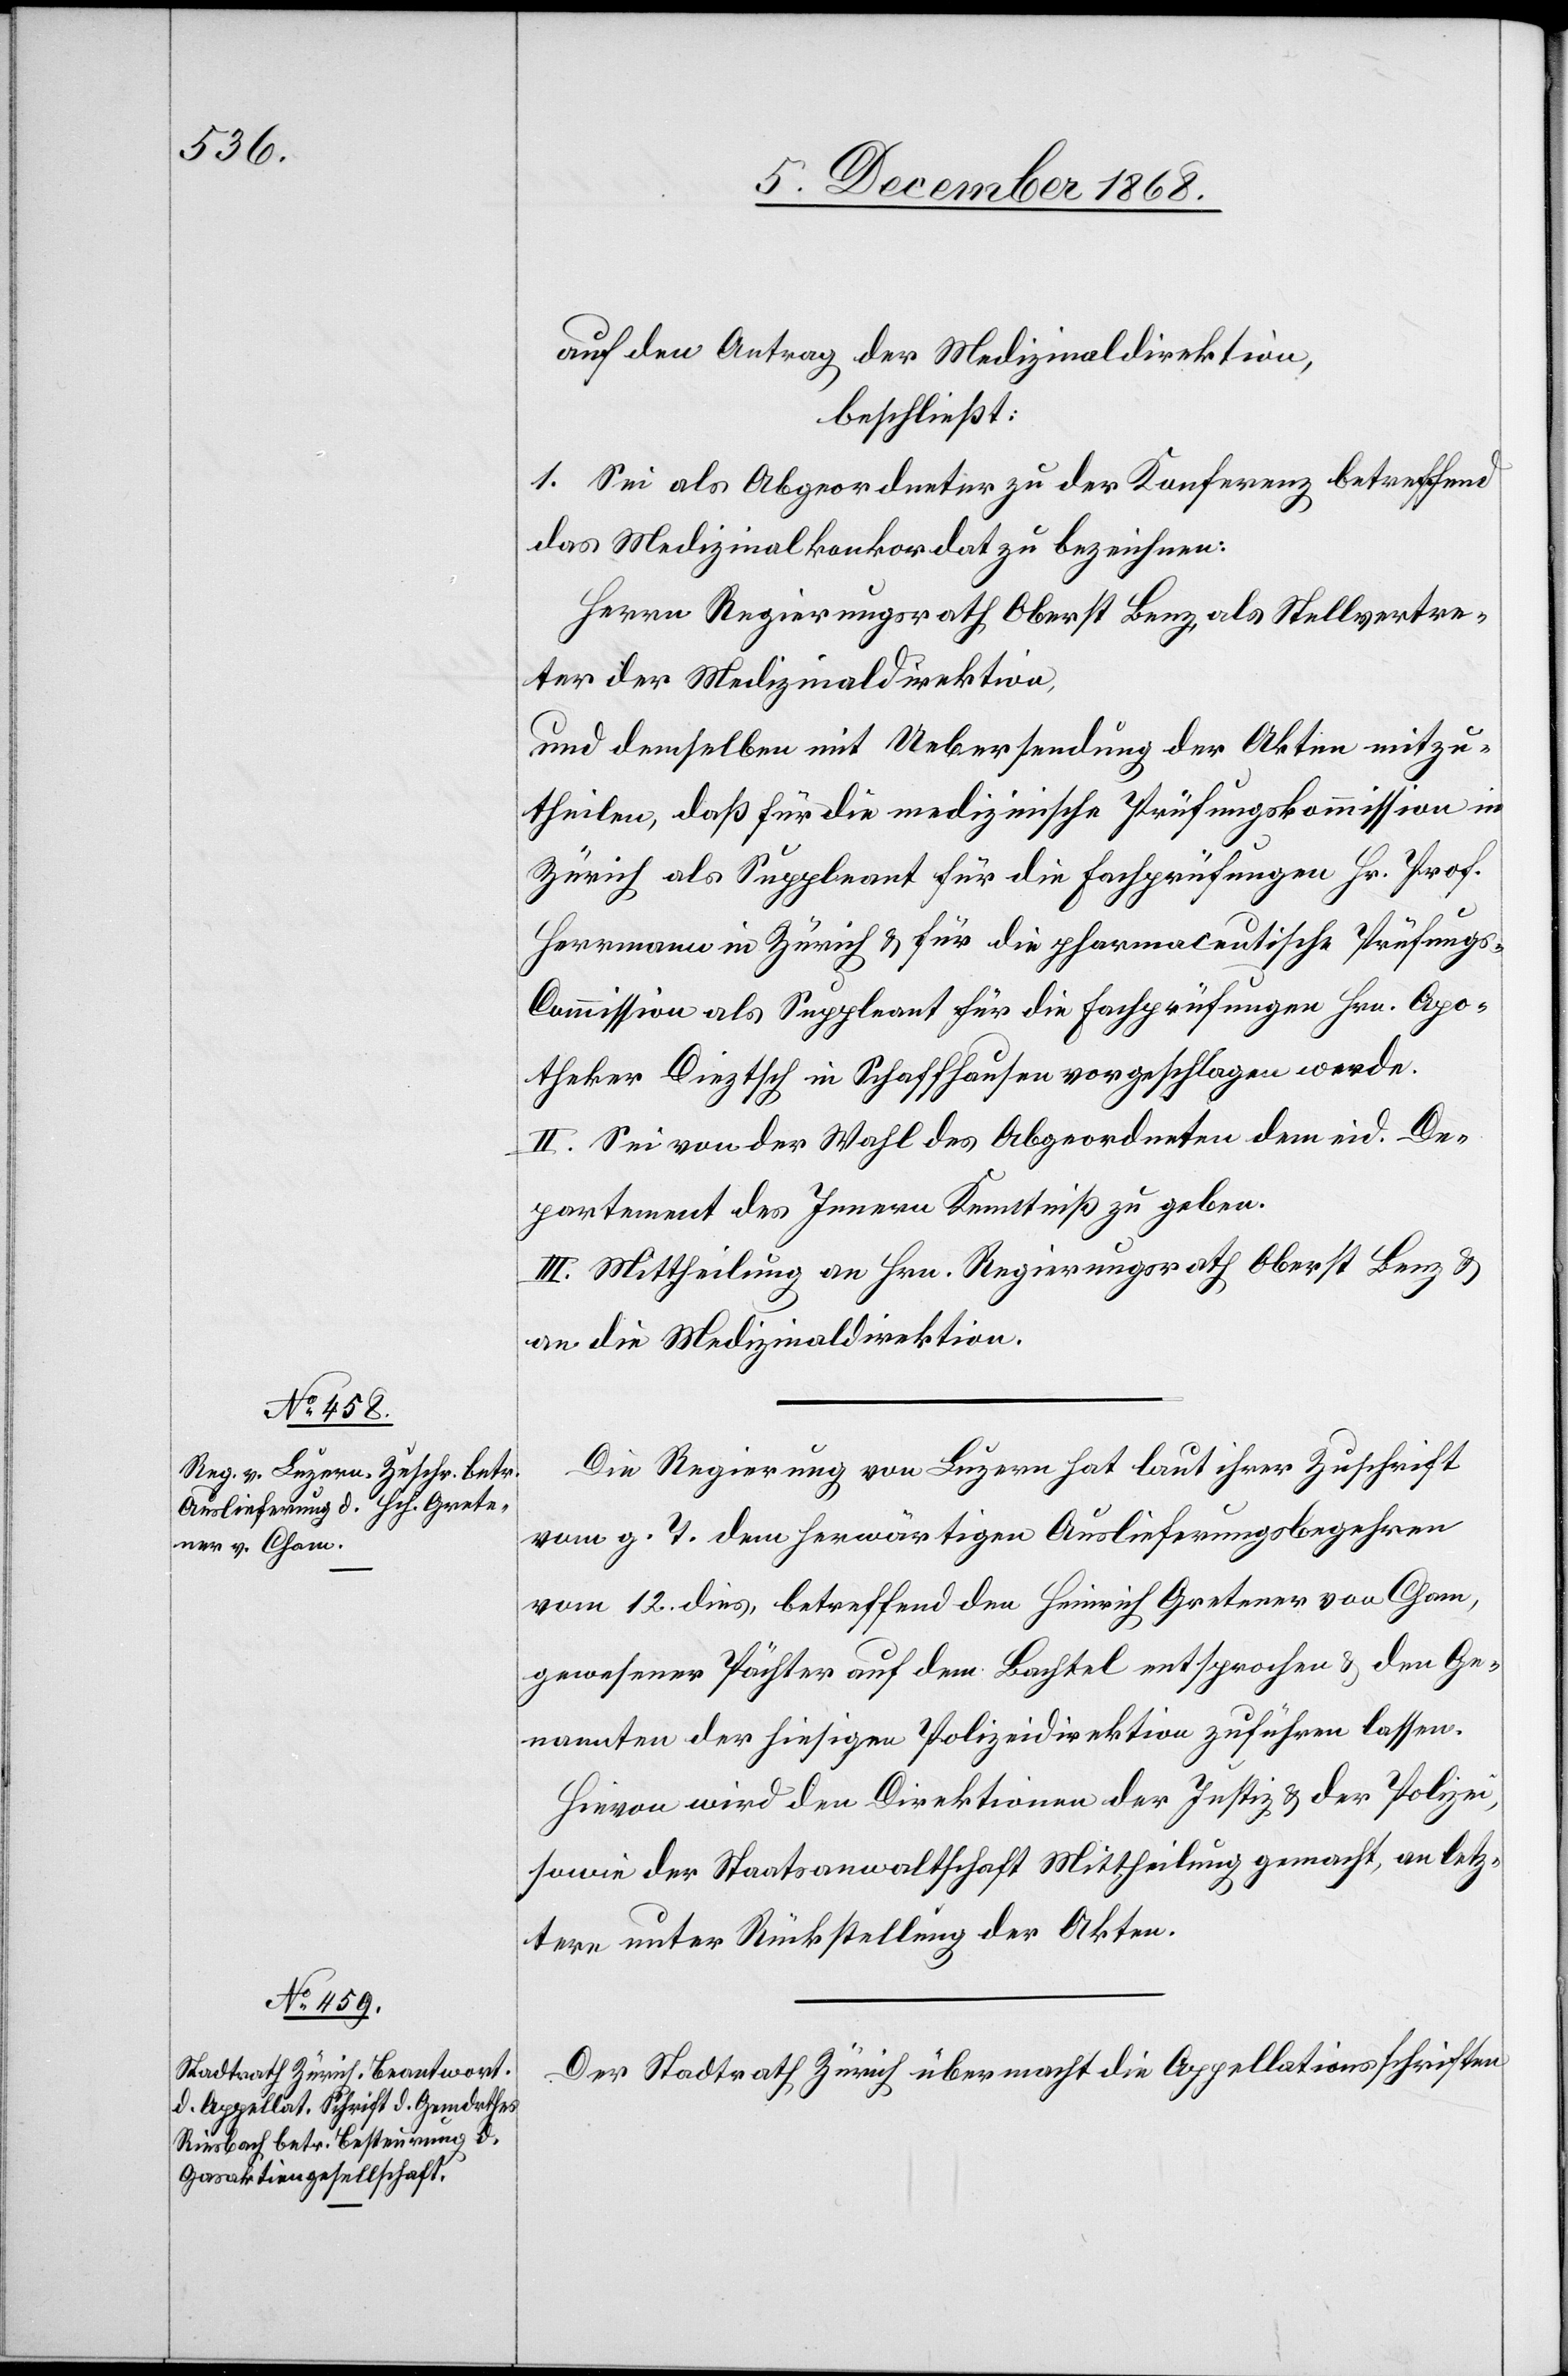
15. December 1868.]
auf den Antrag der Medizinaldirektion,
beschließt:
I.] Sei als Abgeordneter zu der Konferenz betreffend
das Medizinalkonkordat zu bezeichnen:
Herrn Regierungsrath Oberst Benz, als Stellvertre¬
ter der Medizinaldirektion,
und demselben mit Uebersendung der Akten mitzu¬
theilen, daß für die medizinische Prüfungskommission in
Zürich als Suppleant für die Fachprüfungen Hr. Prof.
Herrmann [sic!] in Zürich & für die pharmaceutische Prüfung¬
s-Commission als Suppleant für die Fachprüfungen Hrn. Apo¬
theker Dieztsch [sic!] in Schaffhausen vorgeschlagen werde.
II. Sei von der Wahl des Abgeordneten dem eid. De¬
partement des Innern Kenntniß zu geben.
III. Mittheilung an Hrn. Regierungsrath Oberst Benz &
an die Medizinaldirektion.
Die Regierung von Luzern hat laut ihrer Zuschrift
vom g. T. dem herwärtigen Auslieferungsbegehren
vom 12. dies, betreffend den Heinrich Gretener von Cham,
gewesener Pächter auf dem Bachtel entsprochen & den Ge¬
nannten der hiesigen Polizeidirektion zuführen lassen.
Hievon wird den Direktionen der Justiz & der Polizei,
sowie der Staatsanwaltschaft Mittheilung gemacht, an letz¬
tere unter Rückstellung der Akten.
Der Stadtrath Zürich übermacht die Appellationsschriften